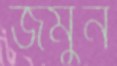
জমুন